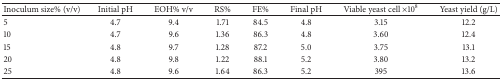
<table><thead><tr><td><b>Inoculum size% (v/v)</b></td><td><b>Initial pH</b></td><td><b>EOH% v/v</b></td><td><b>RS%</b></td><td><b>FE%</b></td><td><b>Final pH</b></td><td><b>Viable yeast cell ×10<sup>8</sup></b></td><td><b>Yeast yield (g/L)</b></td></tr></thead><tbody><tr><td>5</td><td>4.7</td><td>9.4</td><td>1.71</td><td>84.5</td><td>4.8</td><td>3.15</td><td>12.2</td></tr><tr><td>10</td><td>4.7</td><td>9.6</td><td>1.36</td><td>86.3</td><td>4.8</td><td>3.60</td><td>12.4</td></tr><tr><td>15</td><td>4.8</td><td>9.7</td><td>1.28</td><td>87.2</td><td>5.0</td><td>3.75</td><td>13.1</td></tr><tr><td>20</td><td>4.8</td><td>9.8</td><td>1.22</td><td>88.1</td><td>5.2</td><td>3.80</td><td>13.2</td></tr><tr><td>25</td><td>4.8</td><td>9.6</td><td>1.64</td><td>86.3</td><td>5.2</td><td>395</td><td>13.6</td></tr></tbody></table>